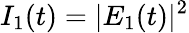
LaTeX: I_{1}(t)=|E_{1}(t)|^{2}